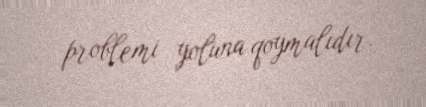
problemi yoluna qoymalıdır.